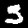
Label: 5